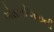
એસબીઆઇની